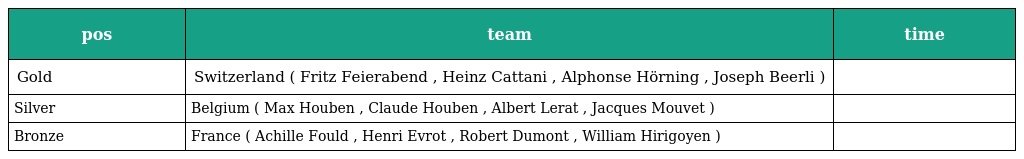
| pos | team | time |
 | --- | --- | --- |
 | Gold | Switzerland ( Fritz Feierabend , Heinz Cattani , Alphonse Hörning , Joseph Beerli ) |  |
 | Silver | Belgium ( Max Houben , Claude Houben , Albert Lerat , Jacques Mouvet ) |  |
 | Bronze | France ( Achille Fould , Henri Evrot , Robert Dumont , William Hirigoyen ) |  |